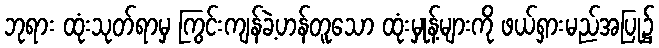
ဘုရား ထုံးသုတ်ရာမှ ကြွင်းကျန်ခဲ့ဟန်တူသော ထုံးမှုန့်များကို ဖယ်ရှားမည်အပြု၌